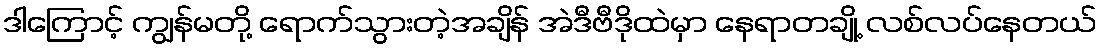
ဒါကြောင့် ကျွန်မတို့ ရောက်သွားတဲ့အချိန် အဲဒီဗီဒိုထဲမှာ နေရာတချို့ လစ်လပ်နေတယ်